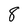
Character: 8